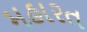
મહારત